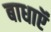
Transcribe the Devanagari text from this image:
बाधाऍं